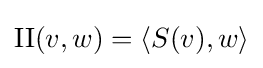
{\text{II}}(v,w)=\langle S(v),w\rangle